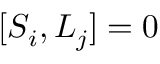
[ S _ { i } , L _ { j } ] = 0